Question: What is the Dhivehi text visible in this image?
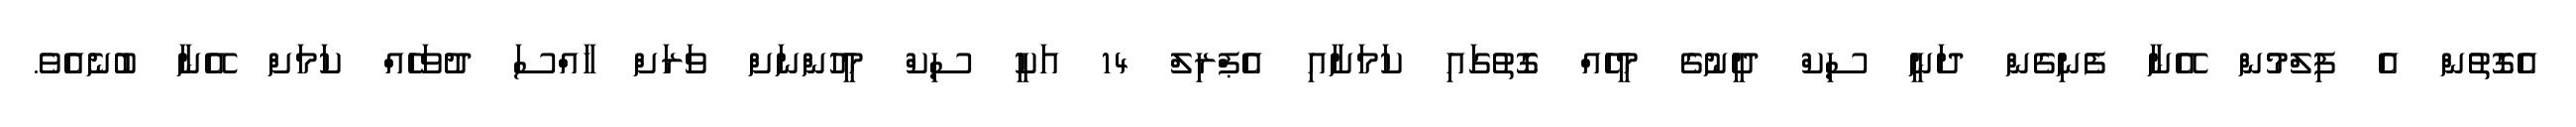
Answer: އެގޮތުން އެ ފިލްމުން އޭނާ ފެނިގެން ދަނީ ސިކް ދީނުގެ މީހެއް ގޮތުގައި ކަމަށާއި އެޕްރިލް 14 އަކީ ސިކް މީހުންނަށް ވަރަށް ހާއްސަ ދުވަހެއް ކަމަށް އޭނާ ބުނެއެވެ.